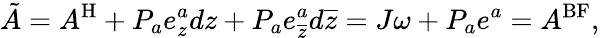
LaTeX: \tilde{A}=A^{\mathrm{H}}+P_{a}e_{z}^{a}dz+P_{a}e_{\overline{{{z}}}}^{a}d\overline{{{z}}}=J\omega+P_{a}e^{a}=A^{\mathrm{BF}},